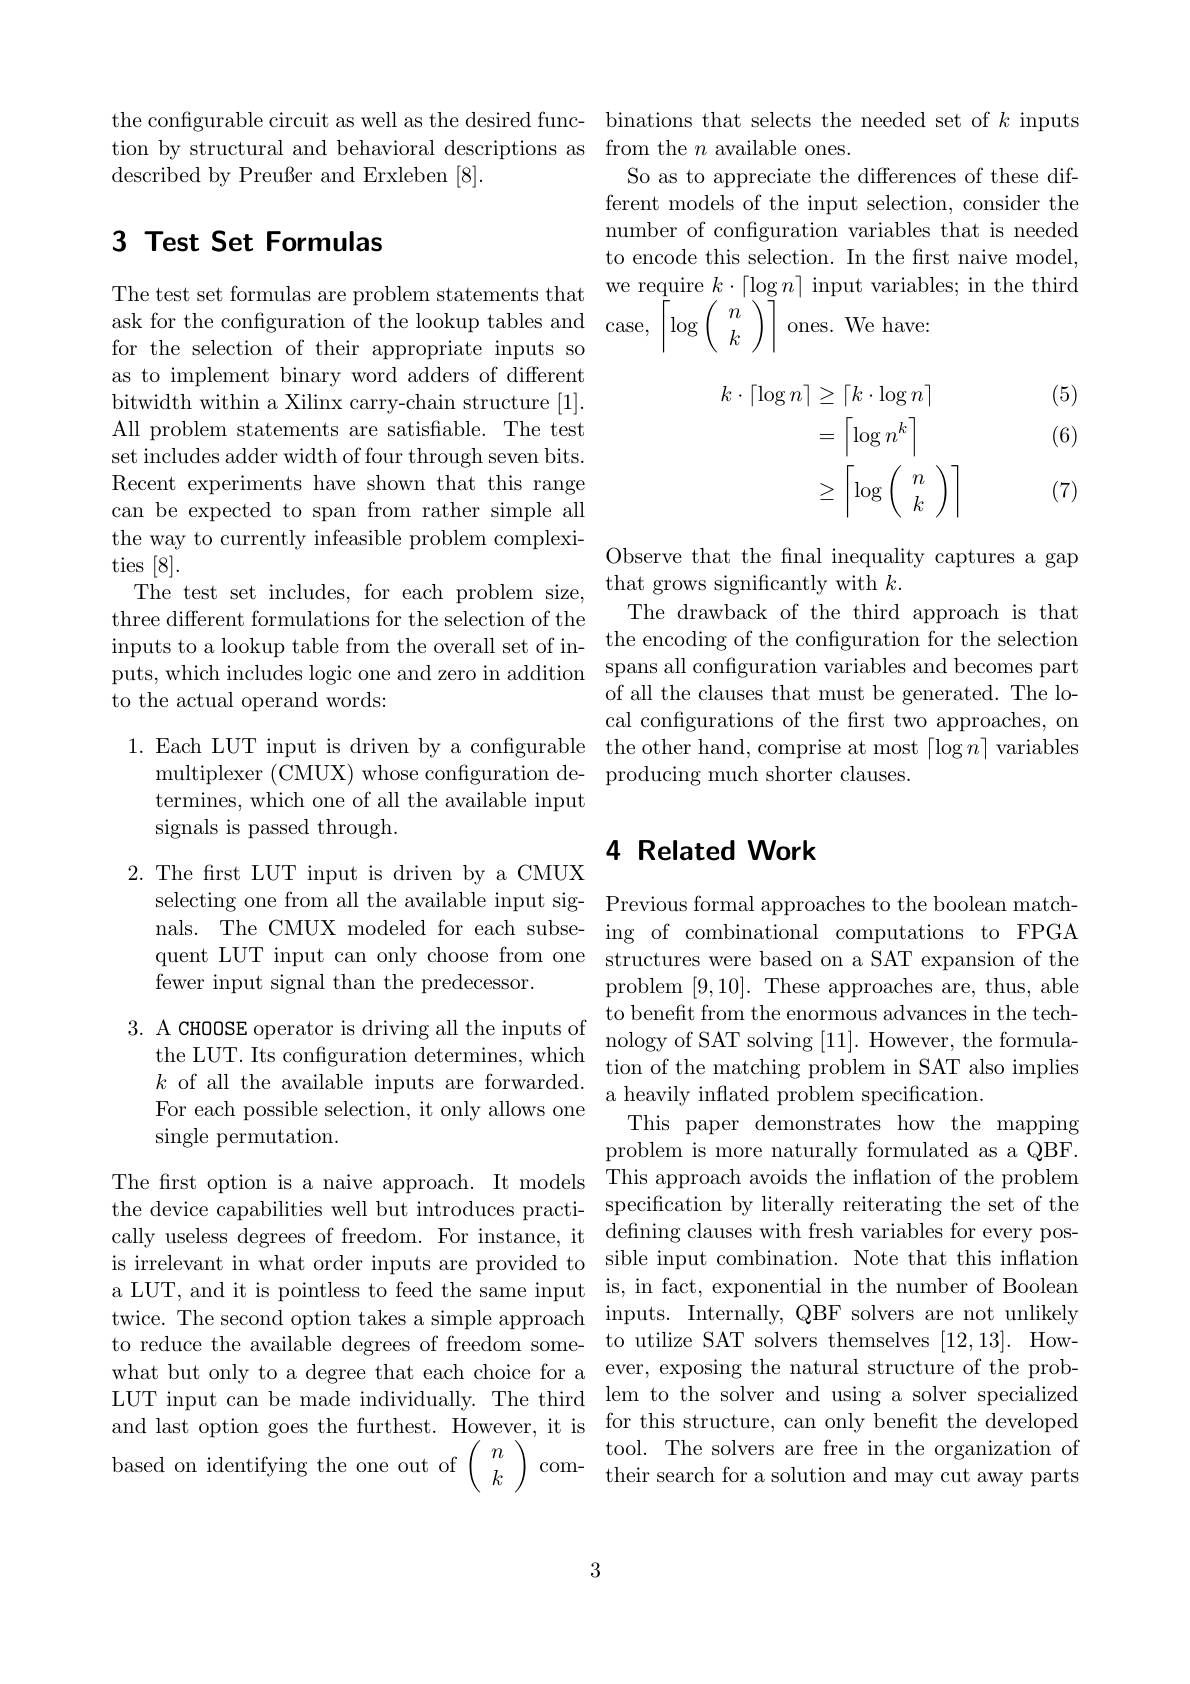
the configurable circuit as well as the desired func- binations that selects the needed set of $k$ inputs
tion by structural and behavioral descriptions as from the $n$ available ones.
described by Preußer and Erxleben [8].

## 3 Test Set Formulas

as to implement binary word adders of different bitwidth within a Xilinx carry-chain structure [1]. All problem statements are satisfiable. The test set includes adder width of four through seven bits. Recent experiments have shown that this range can be expected to span from rather simple all the way to currently infeasible problem complexities [8].
The test set includes, for each problem size, that grows significantly with $k.$
three different formulations for the selection of the
inputs to a lookup table from the overall set of in- the encoding of the confguration for the selection puts, which includes logic one and zero in addition spans all configuration variables and becomes part to the actual operand words:

termines, which one of all the available input
signals is passed through.

2. The first LUT input is driven by a CMUX
selecting one from all the available input sig- Previous formal approaches to the boolean matchnals. The CMUX modeled for each subse- ing of combinational computations to FPGA quent LUT input can only choose from one structures were based on a SAT expansion of the fewer input signal than the predecessor.

$\begin{array}{lll}3.&\mathrm{A~CHOOSE~operator~is~driving~all~the~inputs~of~to~benefit~from~the~enormous~advances~in~the~tech-}\\\text{tho I UT Ito conf cunstion dotwmin which}&\mathrm{nology~of~SAT~solving~[11].~However,~the~formula-}\end{array}$
the LUT. Its configuration determines, which
$\begin{array}{lll}\text{the LUT. Its connguration determnes, which}&\text{tion of the matching problem in SAT also implies}\\k\text{ of all the available inputs are forwarded.}&\text{a heavily inflated problem speciffcation.}\end{array}$
For each possible selection, it only allows one
single permutation.

So as to appreciate the differences of these different models of the input selection, consider the number of configuration variables that is needed to encode this selection. In the frst naive model,
The test set formulas are problem statements that we require $k\cdot\lceil\log n\rceil$ input variables; in the third
$\begin{array}{ll}{1\text{le test set on inuas ate proben satenlents tiat}}\\{\mathrm{ask~for~the~confguration~of~the~lookup~tables~and~case,~}}\\{\mathrm{for~the~selection~of~their~appropriate~inputs~so~}}\end{array}\left\lceil\log\left(\begin{array}{ll}{n}\\{k}\\\end{array}\right)\right\rceil$ones. We have:

(5)

(6)
$$\begin{aligned}k\cdot\lceil\log n\rceil&\ge\lceil k\cdot\log n\rceil\\&=\left\lceil\log n^k\right\rceil\\&\ge\left\lceil\log\left(\begin{array}{c}n\\k\end{array}\right)\right\rceil\end{aligned}$$
(7)

Observe that the fnal inequality captures a gap The drawback of the third approach is that of all the clauses that must be generated. The local configurations of the first two approaches, on
1. Each LUT input is driven by a configurable the other hand, comprise at most $\lceil\log n\rceil$ variables
multiplexer (CMUX) whose confguration de- producing much shorter clauses.

### 4 Related Work

problem [9,10]. These approaches are, thus, able This paper demonstrates how the mapping problem is more naturally formulated as a QBF.
The first option is a naive approach. It models This approach avoids the inflation of the problem the device capabilities well but introduces practi- specification by literally reiterating the set of the cally useless degrees of freedom. For instance, it defining clauses with fresh variables for every posis irrelevant in what order inputs are provided to sible input combination. Note that this inflation a LUT, and it is pointless to feed the same input is, in fact, exponential in the number of Boolean twice. The second option takes a simple approach inputs. Internally, QBF solvers are not unlikely to reduce the available degrees of freedom some- to utilize SAT solvers themselves [12,13]. Howwhat but only to a degree that each choice for a ever, exposing the natural structure of the probLUT input can be made individually. The third lem to the solver and using a solver specialized and last option goes the furthest. However, it is for this structure, can only benefit the developed based on identifying the one out of $\left(\begin{array}{c}n\\k\end{array}\right)^{\prime}$com- tool. The solvers are free in the organization of $\begin{array}{c}{\mathrm{tool.~The~solvers~are~free~in~the~organization~of}}\\{\mathrm{their~search~for~a~solution~and~may~cut~away~parts~}}\end{array}$

3